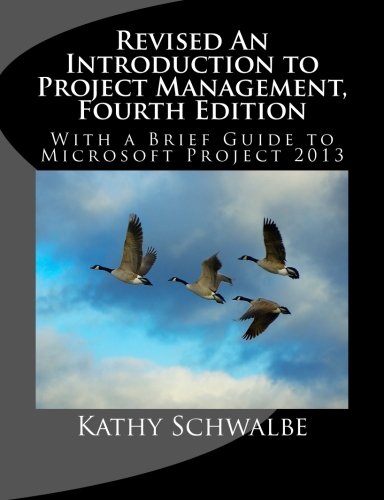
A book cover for Revised An Introduction to Project Management, Fourth Edition: With Brief Guides to Microsoft Project 2013 and AtTask; Kathy Schwalbe; Business & Money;